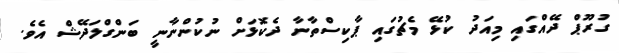
ގުރޫޕް ދޭއްގައި މިއަދު ކުޅޭ މެޗުގައި ޕާކިސްތާނާ ދެކޮޅަށް ނުކުންނާނީ ބަންގްލަދޭޝް އެވެ.